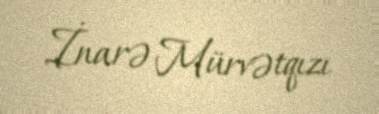
İnarə Mürvətqızı